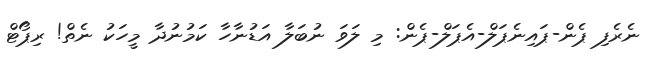
ނެރެފި ޕެން-ޕައިނެޕަލް-އެޕަލް-ޕެން: މި ލަވަ ނުބަލާ އަޑުނާހާ ކަމުނުދާ މީހަކު ނެތް! ރިޕޯޓް